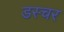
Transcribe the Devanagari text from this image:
डस्चर